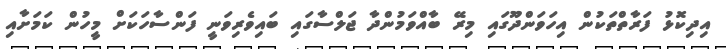
އިދިކޮޅު ފަރާތްތަކުން އިހަވަންދޫގައި މިރޭ ބާއްވަމުންދާ ޖަލްސާގައި ބައިވެރިވަނީ ފަންސާހަކަށް މީހުން ކަމަށާއި